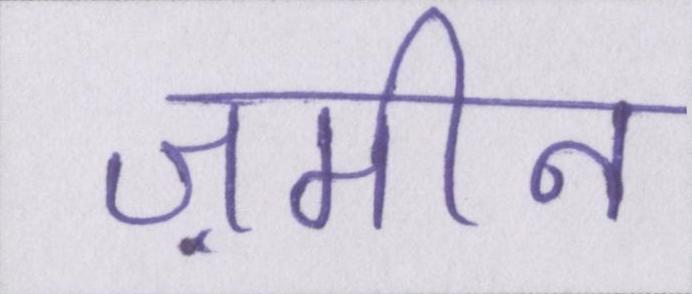
ज़मीन